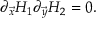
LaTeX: \partial _ { \vec { x } } H _ { 1 } \partial _ { \vec { y } } H _ { 2 } = 0 .